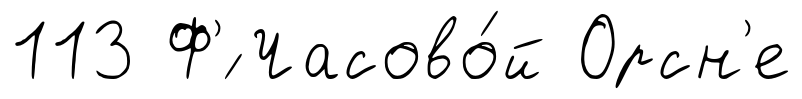
113 Ф'́ Часово́й Орсн'е